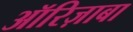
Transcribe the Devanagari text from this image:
ऑरिज़ाबा